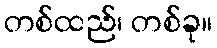
တစ်ထည်၊ တစ်ခု။